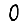
Digit: 0